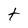
Character: t